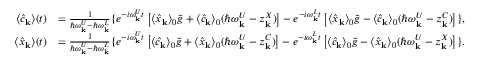
\begin{array} { r l } { \langle \hat { c } _ { \bf k } \rangle ( t ) } & { = \frac { 1 } { \hbar \omega _ { \bf k } ^ { U } - \hbar \omega _ { \bf k } ^ { L } } \{ e ^ { - i \omega _ { \bf k } ^ { U } t } \left[ \langle \hat { x } _ { \bf k } \rangle _ { 0 } \tilde { g } + \langle \hat { c } _ { \bf k } \rangle _ { 0 } ( \hbar \omega _ { \bf k } ^ { U } - z _ { \bf k } ^ { X } ) \right] - e ^ { - i \omega _ { \bf k } ^ { L } t } \left[ \langle \hat { x } _ { \bf k } \rangle _ { 0 } \tilde { g } - \langle \hat { c } _ { \bf k } \rangle _ { 0 } ( \hbar \omega _ { \bf k } ^ { U } - z _ { \bf k } ^ { C } ) \right] \} , } \\ { \langle \hat { x } _ { \bf k } \rangle ( t ) } & { = \frac { 1 } { \hbar \omega _ { \bf k } ^ { U } - \hbar \omega _ { \bf k } ^ { L } } \{ e ^ { - i \omega _ { \bf k } ^ { U } t } \left[ \langle \hat { c } _ { \bf k } \rangle _ { 0 } \tilde { g } + \langle \hat { x } _ { \bf k } \rangle _ { 0 } ( \hbar \omega _ { \bf k } ^ { U } - z _ { \bf k } ^ { C } ) \right] - e ^ { - i \omega _ { \bf k } ^ { L } t } \left[ \langle \hat { c } _ { \bf k } \rangle _ { 0 } \tilde { g } - \langle \hat { x } _ { \bf k } \rangle _ { 0 } ( \hbar \omega _ { \bf k } ^ { U } - z _ { \bf k } ^ { X } ) \right] \} . } \end{array}